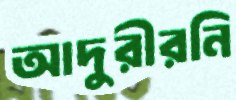
আদুরীরনি